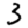
Digit: 3